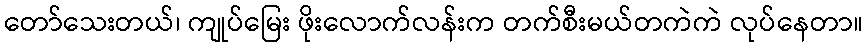
တော်သေးတယ်၊ ကျုပ်မြေး ဖိုးလောက်လန်းက တက်စီးမယ်တကဲကဲ လုပ်နေတာ။